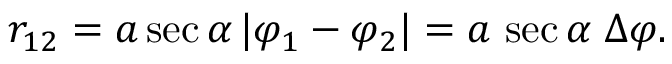
r _ { 1 2 } = a \sec \alpha \, | \varphi _ { 1 } - \varphi _ { 2 } | = a \, \sec \alpha \; \Delta \varphi .